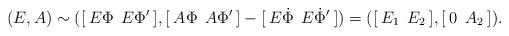
LaTeX: \begin{align*}(E,A)\sim([\>E\Phi\>\>E\Phi'\>],[\>A\Phi\>\>A\Phi'\>]-[\>E\dot\Phi\>\>E\dot\Phi'\>])=([\>E_1\>\>E_2\>],[\>0\>\>A_2\>]).\end{align*}